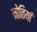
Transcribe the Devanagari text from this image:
मोतियां